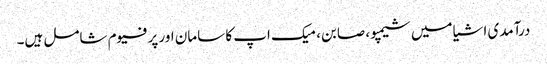
درآمدی اشیا میں شیمپو، صابن، میک اپ کا سامان اور پرفیوم شامل ہیں۔